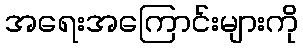
အရေးအကြောင်းများကို